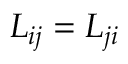
L _ { i j } = L _ { j i }